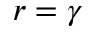
r = \gamma